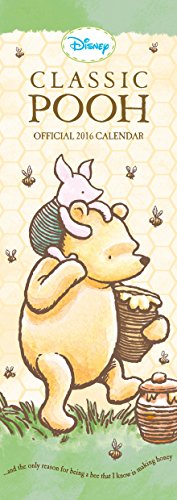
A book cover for The Official Winnie the Pooh (Classic) 2016 Slim Calendar; Calendars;